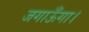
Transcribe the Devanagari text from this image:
जगाऊँगा।